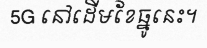
5G នៅដើមខែធ្នូនេះ។